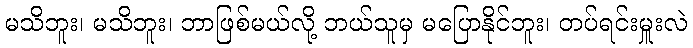
မသိဘူး၊ မသိဘူး၊ ဘာဖြစ်မယ်လို့ ဘယ်သူမှ မပြောနိုင်ဘူး၊ တပ်ရင်းမှူးလဲ